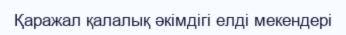
Қаражал қалалық әкімдігі елді мекендері